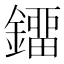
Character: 鐂